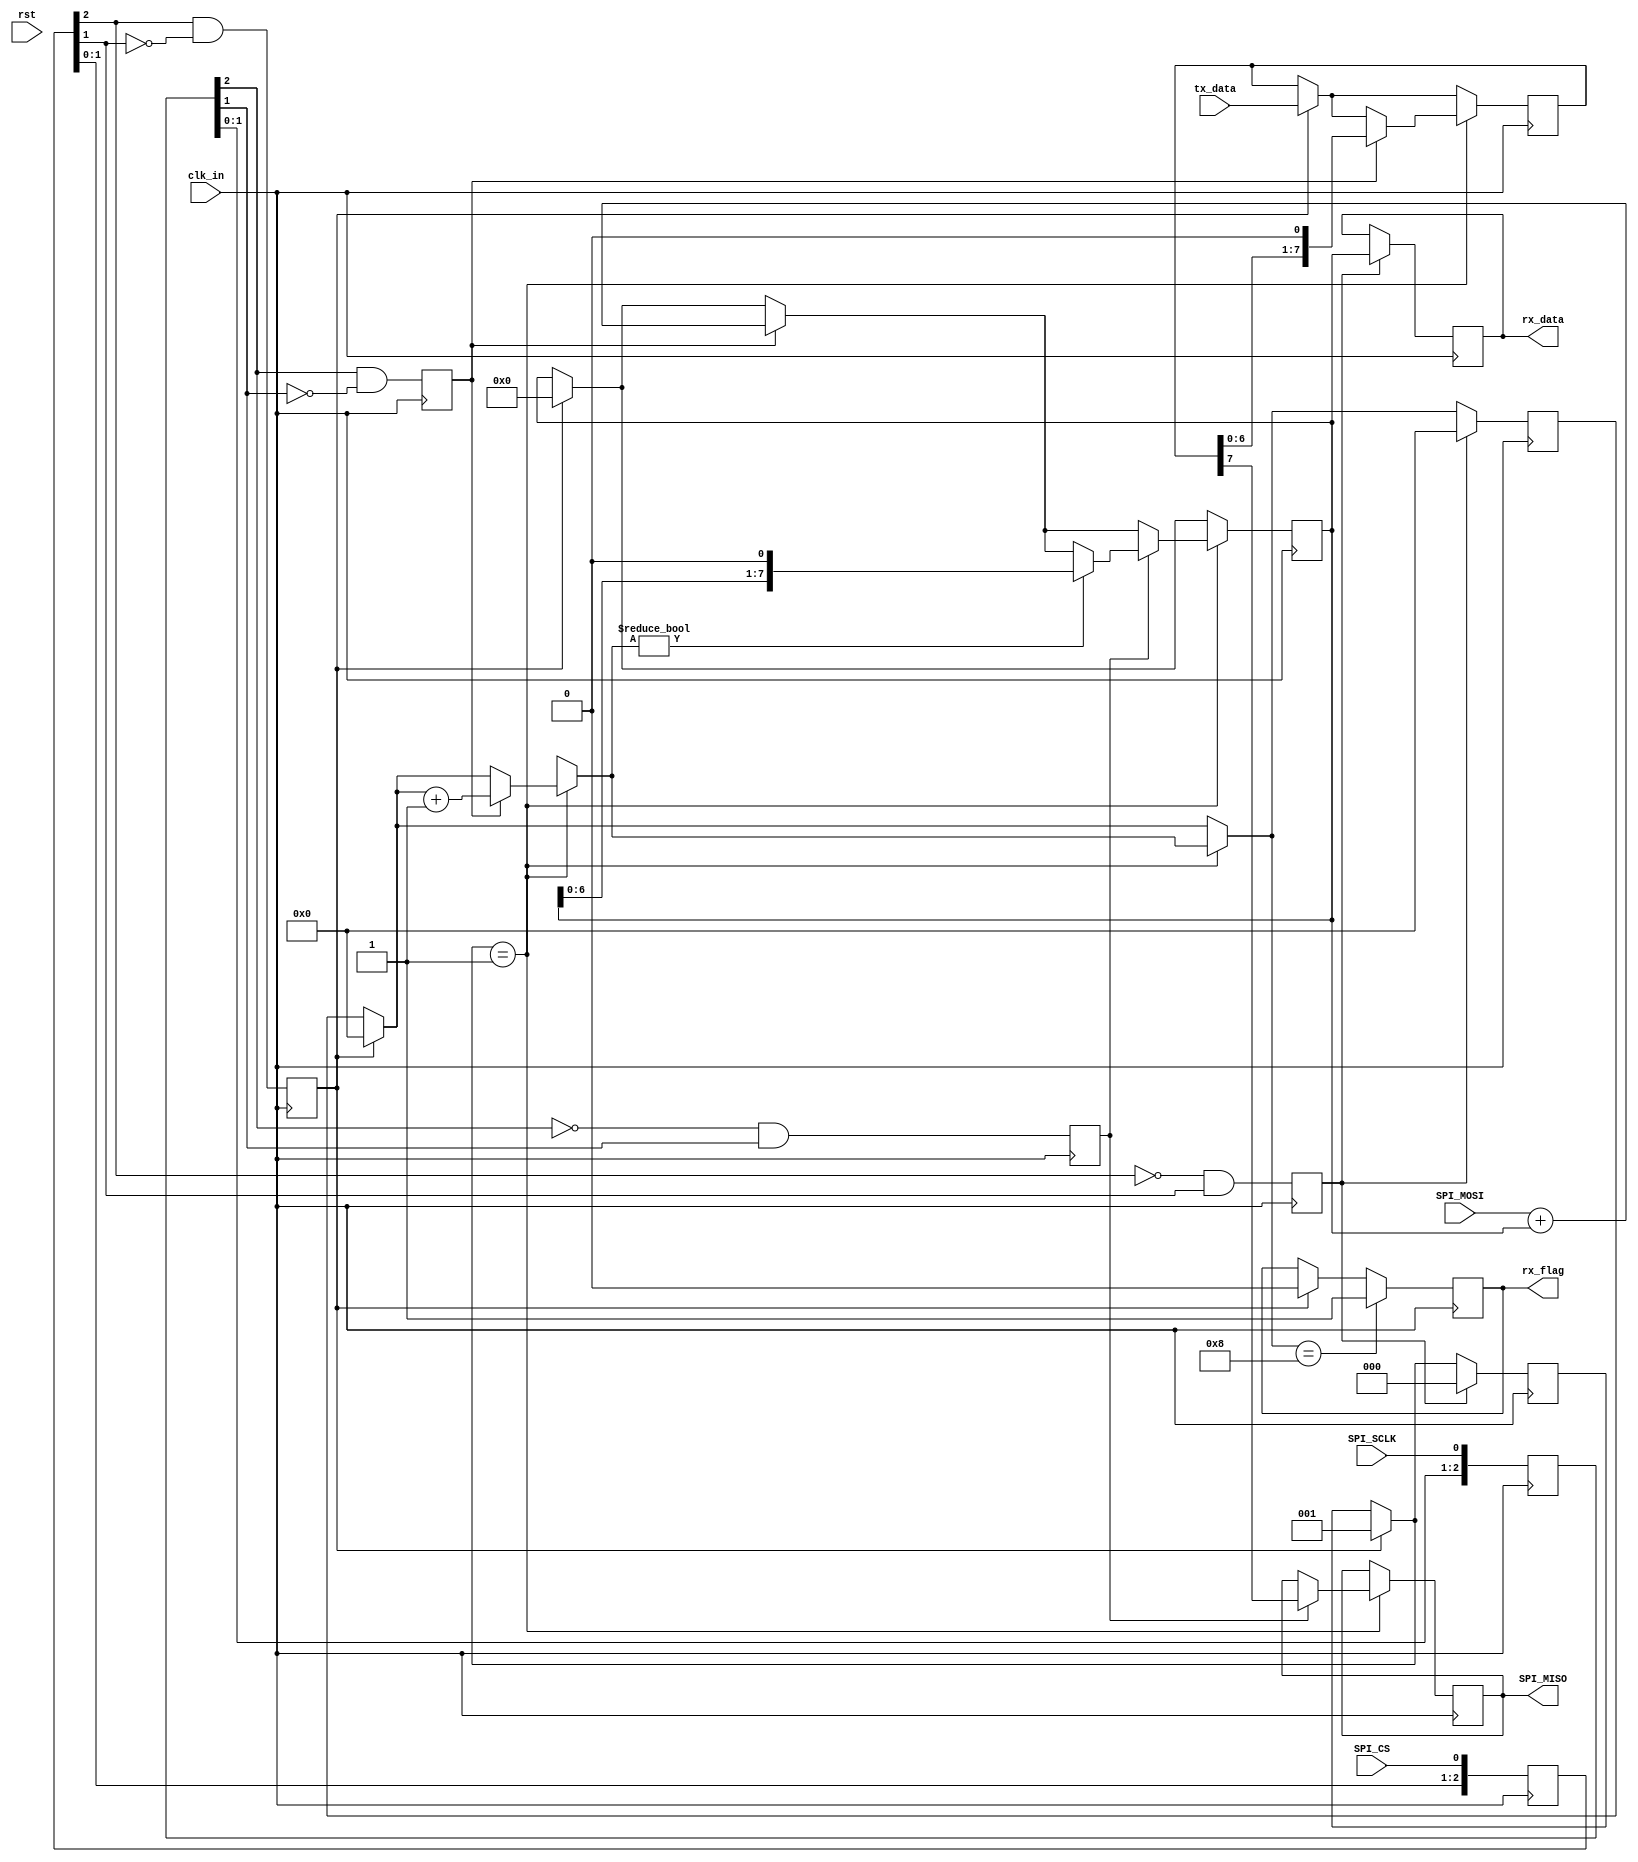
module SPI(
           input wire clk_in,
           input wire rst,
           input wire SPI_MOSI,
           input wire SPI_CS,
           input wire SPI_SCLK,
           input wire [7: 0]tx_data,

           output reg SPI_MISO,
           output reg [7: 0]rx_data,
           output reg rx_flag

       );


reg [7: 0]rx_buf;
reg [7: 0]tx_buf;


reg [2: 0] state = 0 ;


reg SPI_SCLK_neg = 0;
reg SPI_SCLK_pos = 0;
reg [2: 0] SPI_SCLK_r = 0;

reg SPI_cs_neg = 0;
reg SPI_cs_pos = 0;
reg [2: 0] SPI_cs_r = 0;

reg [3: 0]cnt_neg = 0;

always@(posedge clk_in)   // cs
begin
    SPI_cs_r	<= {SPI_cs_r[1: 0], SPI_CS};
    SPI_cs_neg	<= SPI_cs_r[2] & (~SPI_cs_r[1]);
    SPI_cs_pos	<= (~SPI_cs_r[2]) & SPI_cs_r[1];
end


always@(posedge clk_in)   // clk
begin
    SPI_SCLK_r	<= {SPI_SCLK_r[1: 0], SPI_SCLK};
    SPI_SCLK_neg	<= SPI_SCLK_r[2] & (~SPI_SCLK_r[1]);
    SPI_SCLK_pos	<= (~SPI_SCLK_r[2]) & SPI_SCLK_r[1];
end

always@(posedge clk_in)   // 3
begin

    if (SPI_cs_neg)     // 
    begin
        state = 1;     // 1
        cnt_neg = 0;
        tx_buf <= tx_data;
        //   tx_buf<=rx_data;   // 
        rx_buf <= 0;    // 
        rx_flag <= 0;

    end

    if (state == 1)
    begin

        if (SPI_SCLK_neg)    // ,MSB first
        begin
            rx_buf <= SPI_MOSI + rx_buf;
            tx_buf <= tx_buf << 1;

            cnt_neg = cnt_neg + 1;

        end


        if (SPI_SCLK_pos)   // send
        begin
            SPI_MISO <= tx_buf[7]; // 
            if (cnt_neg != 0)     // bit
            begin
                rx_buf <= rx_buf << 1;
            end
        end
    end

    if (cnt_neg == 8)   // 8
    begin
        rx_flag <= 1;
    end

    if (SPI_cs_pos)    // cs
    begin
        cnt_neg = 0;   // 
        rx_data <= rx_buf;
        state = 0;    // 
        //   rx_flag <= 1;   // ,

    end

end

endmodule